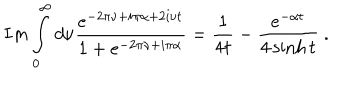
I m \int _ { 0 } ^ { \infty } d \nu \frac { e ^ { - 2 \pi \nu + i \pi \alpha + 2 i \nu t } } { 1 + e ^ { - 2 \pi \nu + i \pi \alpha } } = \frac { 1 } { 4 t } - \frac { e ^ { - \alpha t } } { 4 \sinh t } \ .